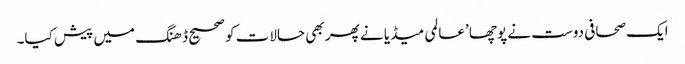
ایک صحافی دوست نے پوچھا ’عالمی میڈیا نے پھر بھی حالات کو صحیح ڈھنگ میں پیش کیا۔